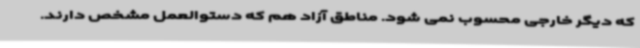
که دیگر خارجی محسوب نمی شود. مناطق آزاد هم که دستوالعمل مشخص دارند.